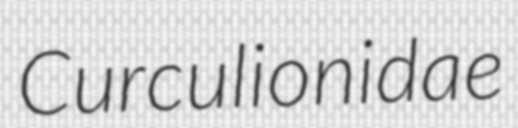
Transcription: Curculionidae